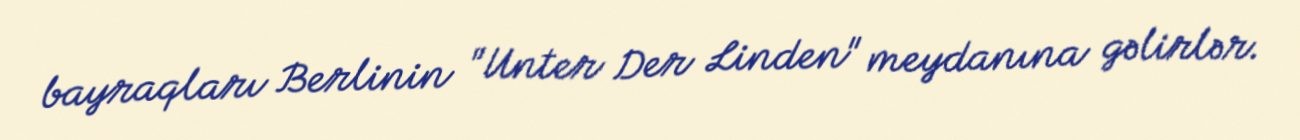
bayraqları Berlinin "Unter Der Linden" meydanına gəlirlər.